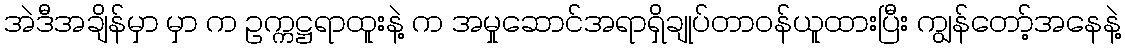
အဲဒီအချိန်မှာ မှာ က ဥက္ကဋ္ဌရာထူးနဲ့ က အမှုဆောင်အရာရှိချုပ်တာဝန်ယူထားပြီး ကျွန်တော့်အနေနဲ့